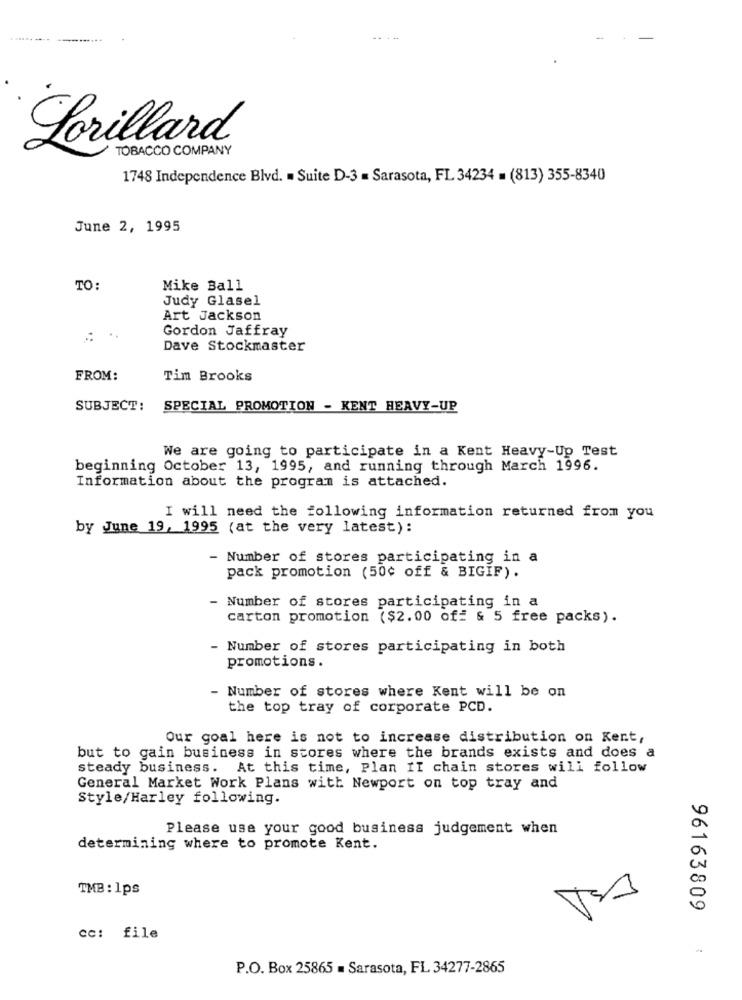
-------- ---.....-
Lorillard
TOBACCO COMPANY
1748 Independence Blvd. = Suite D-3 = Sarasota, FL 34234 = (813) 355-8340
June 2, 1995
TO:
Mike Ball
Judy Glasel
Art Jackson
Gordon Jaffray
Dave Stockmaster
FROM:
Tim Brooks
SUBJECT:
SPECIAL PROMOTION - KENT HEAVY-UP
We are going to participate in a Kent Heavy-Up Test
beginning October 13, 1995, and running through March 1996.
Information about the program is attached.
I will need the following information returned from you
by June 19, 1995 (at the very latest):
- Number of stores participating in a
pack promotion (50¢ off & BIGIF).
- Number of stores participating in a
carton promotion ($2.00 of= & 5 free packs).
- Number of stores participating in both
promotions.
- Number of stores where Kent will be on
the top tray of corporate PCD.
Our goal here is not to increase distribution on Kent,
but to gain business in stores where the brands exists and does a
steady business. At this time, Plan II chain stores will follow
General Market Work Plans with Newport on top tray and
Style/Harley following.
Please use your good business judgement when
determining where to promote Kent.
TMB : 1ps
96163809
cc: file
P.O. Box 25865 = Sarasota, FL 34277-2865